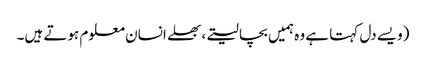
(ویسے دل کہتا ہے وہ ہمیں بچا لیتے، بھلے انسان معلوم ہوتے ہیں۔